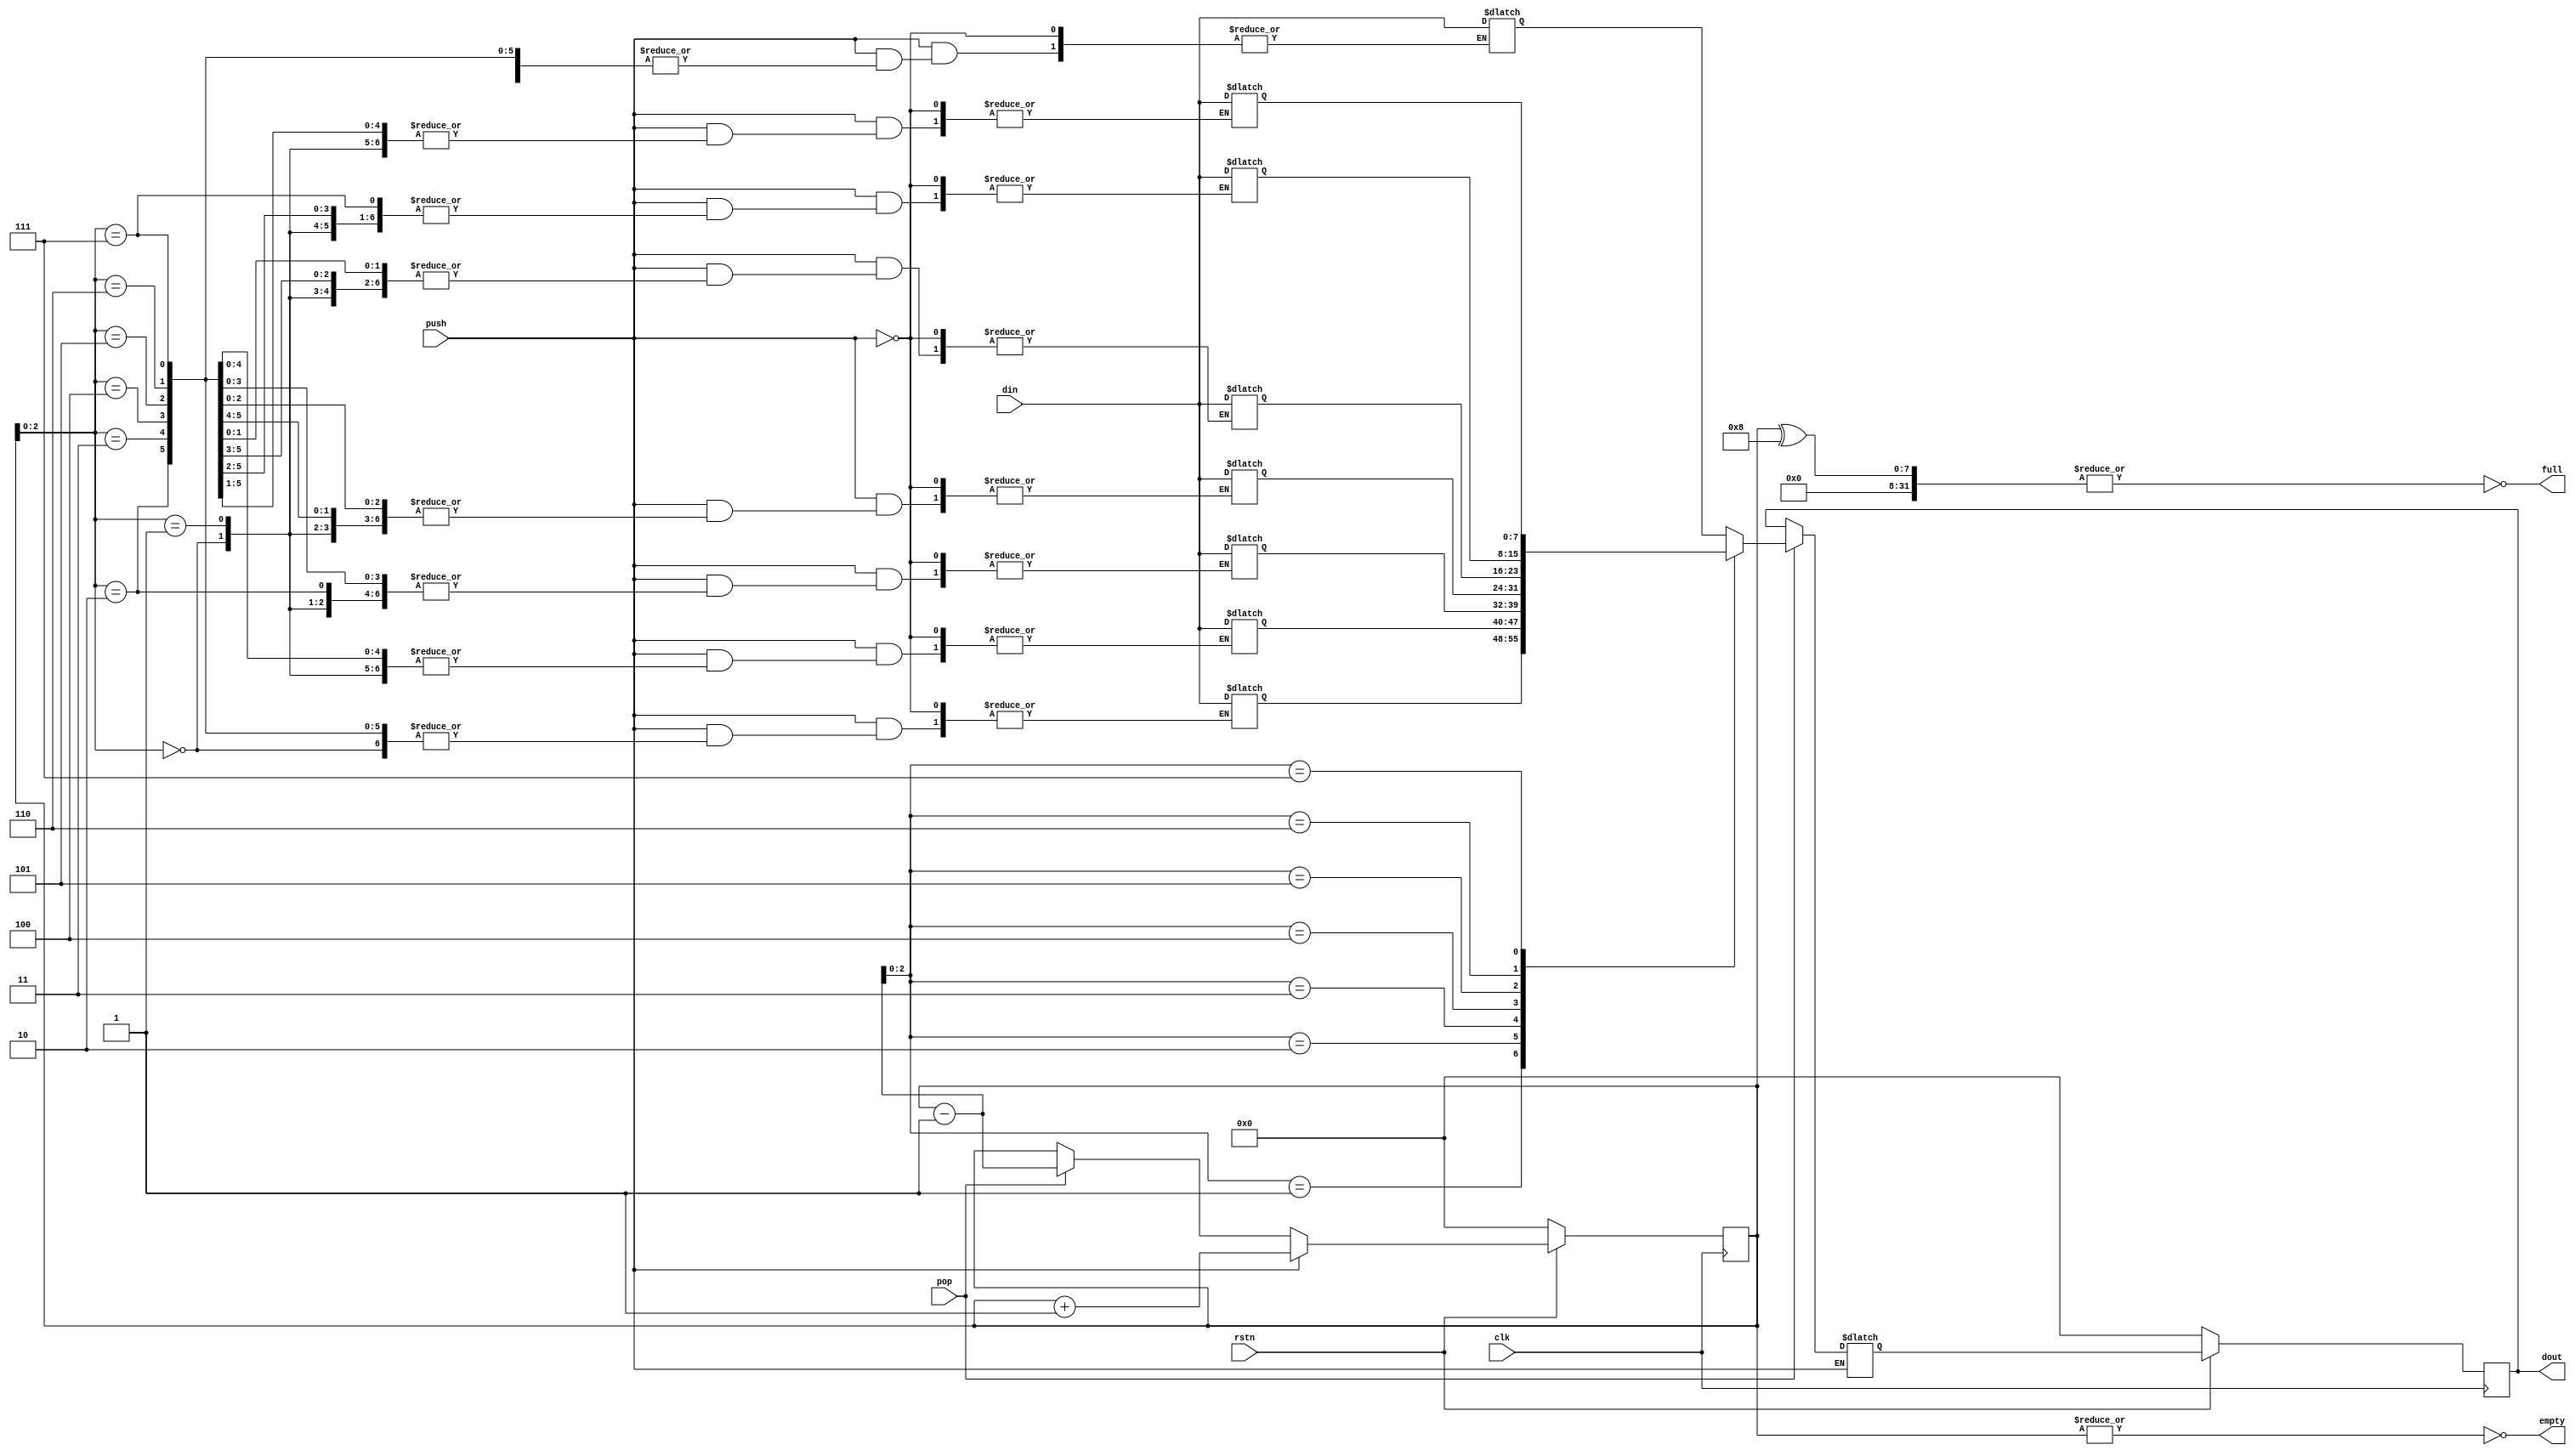
module LIFO(
 clk,
 rstn,
 pop,
 push,
 empty,
 full,
 din,
 dout
    );

parameter WIDTH = 8;
parameter DEPTH = 8;

input clk;
input rstn;
input pop;
input push;
input [WIDTH-1:0]din;

output [WIDTH-1:0]dout;
output empty;
output full;

reg [WIDTH-1:0]stack[DEPTH-1:0]; //memory
reg [WIDTH-1:0]index, next_index; 
reg [WIDTH-1:0]dout, next_dout;

wire empty, full;

always @ (posedge clk) //Sequential block
begin
  if(!rstn)
  begin
    dout  <= 8'd0;
    index <= 1'b0;
  end
  else
  begin
    dout  <= next_dout;
    index <= next_index;
  end
end

assign empty = !(|index);
assign full  = !(|(index ^ DEPTH));

always @ (*) //Combinational Block
begin
  if(push) //write
  begin
  stack[index] = din;
  next_index   = index+1'b1;
  end
  else if(pop)  //read
  begin
  next_dout  = stack[index-1'b1];
  next_index = index-1'b1;
  end
  else
  begin
  next_dout  = dout;
  next_index = index;
  end
 
end
endmodule